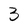
Character: 3